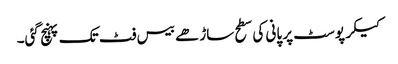
کیکر پوسٹ پر پانی کی سطح ساڑھے بیس فٹ تک پہنچ گئی۔